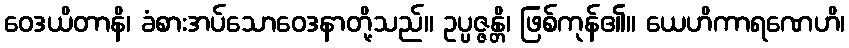
ဝေဒယိတာနိ၊ ခံစားအပ်သောဝေဒနာတို့သည်။ ဥပ္ပဇ္ဇန္တိ၊ ဖြစ်ကုန်၏။ ယေဟိကာရဏေဟိ၊